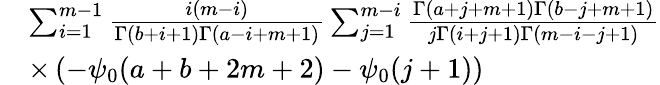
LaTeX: \begin{array}{rl}{\! \! \! \! \! \! \! \! \! \! \! \! \! \! \! \! }&{\sum_{i=1}^{m-1}\frac{i(m-i)}{\Gamma(b+i+1)\Gamma(a-i+m+1)}\sum_{j=1}^{m-i}\frac{\Gamma(a+j+m+1)\Gamma(b-j+m+1)}{j\Gamma(i+j+1)\Gamma(m-i-j+1)}}\\ {\! \! \! \! \! \! \! \! \! \! \! \! \! \! \! \! }&{\times\left(-\psi_{0}(a+b+2m+2)-\psi_{0}(j+1)\right)}\end{array}